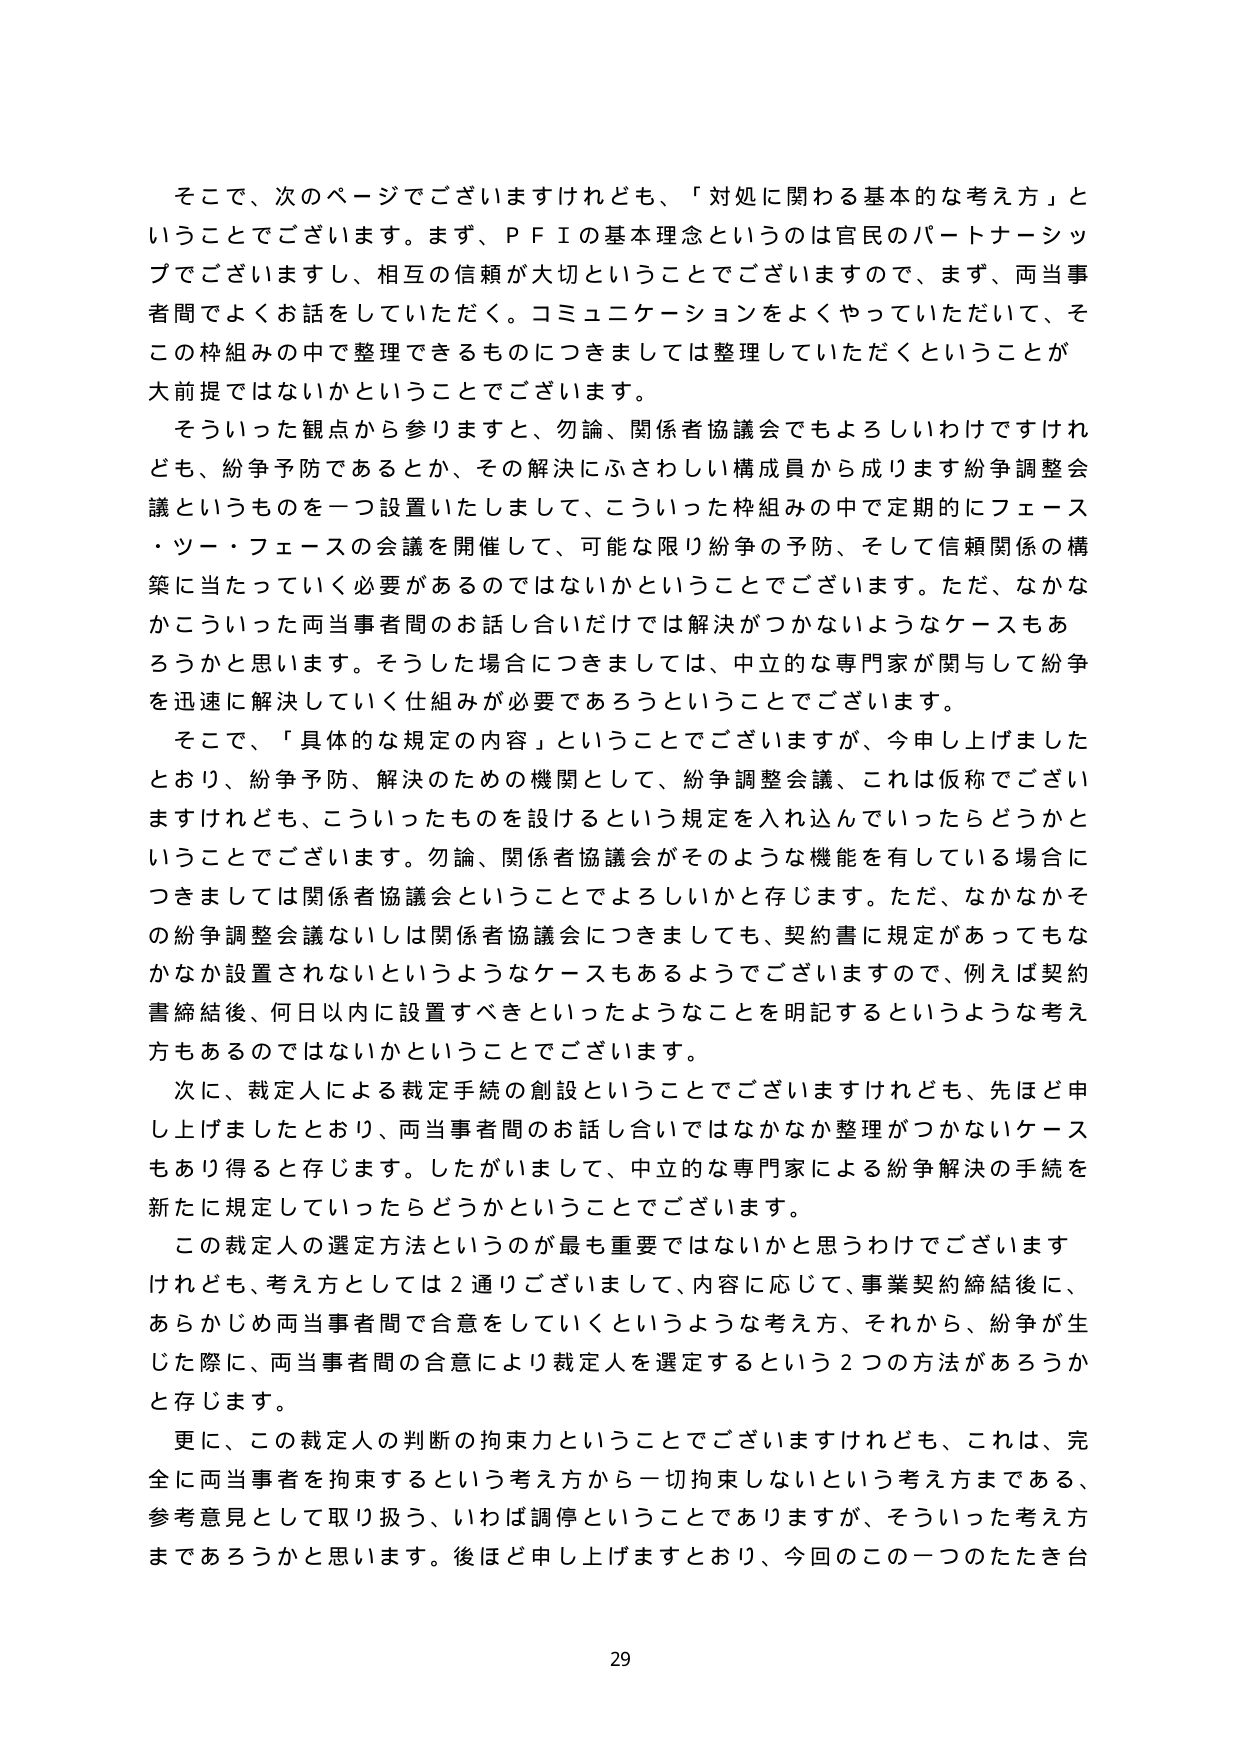
そこで、次のページでございますけれども、「対処に関わる基本的な考え方」ということでございます。まず、ＰＦＩの基本理念というのは官民のパートナーシップでございますし、相互の信頼が大切ということでございますので、まず、両当事者間でよくお話をしていただく。コミュニケーションをよくやっていただいて、そこの枠組みの中で整理できるものにつきましては整理していただくということが大前提ではないかということでございます。

そういった観点から参りますと、勿論、関係者協議会でもよろしいわけですけれども、紛争予防であるとか、その解決にふさわしい構成員から成ります紛争調整会議というものを一つ設置いたしまして、こういった枠組みの中で定期的にフェース・ツー・フェースの会議を開催して、可能な限り紛争の予防、そして信頼関係の構築に当たっていく必要があるのではないかということでございます。ただ、なかなかこういった両当事者間のお話し合いだけでは解決がつかないようなケースもあるろうかと思います。そうした場合につきましては、中立的な専門家が関与して紛争を迅速に解決していく仕組みが必要であろうということでございます。

そこで、「具体的な規定の内容」ということでございますが、今申し上げましたとおり、紛争予防、解決のための機関として、紛争調整会議、これは仮称でございますけれども、こういったものを設けるという規定を入れ込んでいったらどうかということでございます。勿論、関係者協議会がそのような機能を有している場合につきましては関係者協議会ということでよろしいかと存じます。ただ、なかなかその紛争調整会議ないしは関係者協議会につきましても、契約書に規定があってもなかなか設置されないというようなケースもあるようでございますので、例えば契約書締結後、何日以内に設置すべきといったようなことを明記するというような考え方もあるのではないかということでございます。

次に、裁定人による裁定手続の創設ということでございますけれども、先ほど申し上げましたとおり、両当事者間のお話し合いではなかなか整理がつかないケースもあり得ると存じます。したがいまして、中立的な専門家による紛争解決の手続を新たに規定していったらどうかということでございます。

この裁定人の選定方法というのが最も重要ではないかと思うわけでございますけれども、考え方としては２通りございまして、内容に応じて、事業契約締結後に、あらかじめ両当事者間で合意をしていくというような考え方、それから、紛争が生じた際に、両当事者間の合意により裁定人を選定するという２つの方法があるろうかと存じます。

更に、この裁定人の判断の拘束力ということでございますけれども、これは、完全に両当事者を拘束するという考え方から一切拘束しないという考え方まである、参考意見として取り扱う、いわば調停ということではありますが、そういった考え方まであろうかと思います。後ほど申し上げますとおり、今回のこの一つのたき台

29